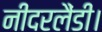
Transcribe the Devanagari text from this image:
नीदरलैंडी।